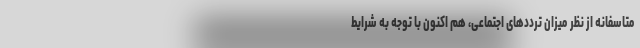
متاسفانه از نظر میزان تردد‌های اجتماعی، هم اکنون با توجه به شرایط